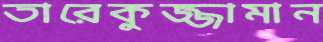
তারেকুজ্জামান